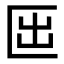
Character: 𠥱